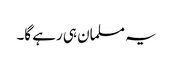
یہ مسلمان ہی رہے گا۔